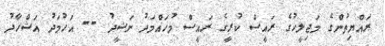
ރައްޔިތުންގެ މަޖިލީހުގެ ރައީސް ކުރީގެ ރައީސް މުހައްމަދު ނަޝީދު -- އަހުމަދު އަޝްހާދު